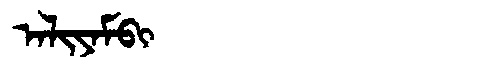
Manchu: ᠠᠯᡳᠶᠠᠮᠪᡳ
Romanization: ALIYAMBI